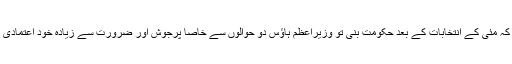
کہا جاتا ہے کہ مئی کے انتخابات کے بعد حکومت بنی تو وزیراعظم ہاﺅس دو حوالوں سے خاصا پرجوش اور ضرورت سے زیادہ خود اعتمادی کا شکار تھا۔